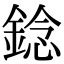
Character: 錜